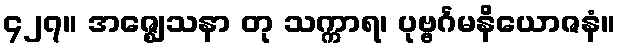
၄၂၇။ အဇ္ဈေသနာ တု သက္ကာရ၊ ပုဗ္ဗင်္ဂမနိယောဇနံ။